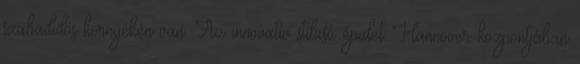
szabadidős környékén van. Az innovatív stílusú épület Hannover központjában